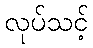
လုပ်သင့်